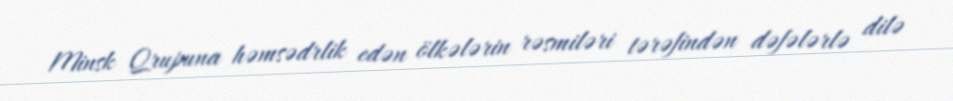
Minsk Qrupuna həmsədrlik edən ölkələrin rəsmiləri tərəfindən dəfələrlə dilə